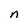
Character: n